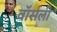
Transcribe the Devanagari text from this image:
वॉर्सली